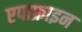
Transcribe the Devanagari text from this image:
एपाफ्राइन